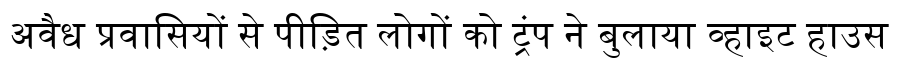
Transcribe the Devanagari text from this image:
अवैध प्रवासियों से पीड़ित लोगों को ट्रंप ने बुलाया व्हाइट हाउस